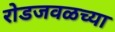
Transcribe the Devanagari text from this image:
रोडजवळच्या